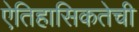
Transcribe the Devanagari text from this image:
ऐतिहासिकतेची